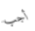
أجب